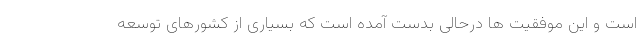
است و این موفقیت ها درحالی بدست آمده است که بسیاری از کشورهای توسعه